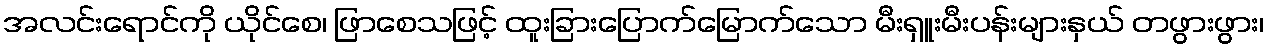
အလင်းရောင်ကို ယိုင်စေ၊ ဖြာစေသဖြင့် ထူးခြားပြောက်မြောက်သော မီးရှူးမီးပန်းများနှယ် တဖွားဖွား၊